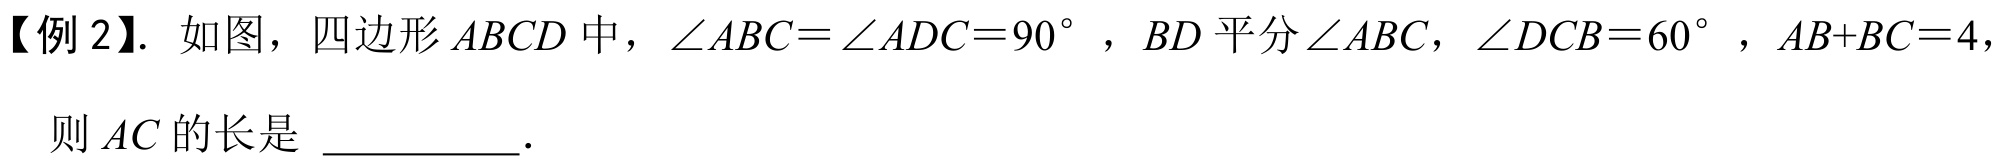
【例 2】. 如图，四边形\(ABCD\)中，\(\angle ABC = \angle ADC = 90^{\circ}\)，\(BD\)平分\(\angle ABC\)，\(\angle DCB = 60^{\circ}\)，\(AB + BC = 4\)，则\(AC\)的长是 \(\underline{\quad\quad}\).